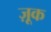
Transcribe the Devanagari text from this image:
ज़ूक